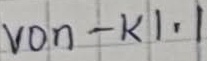
Text: von - K1.1